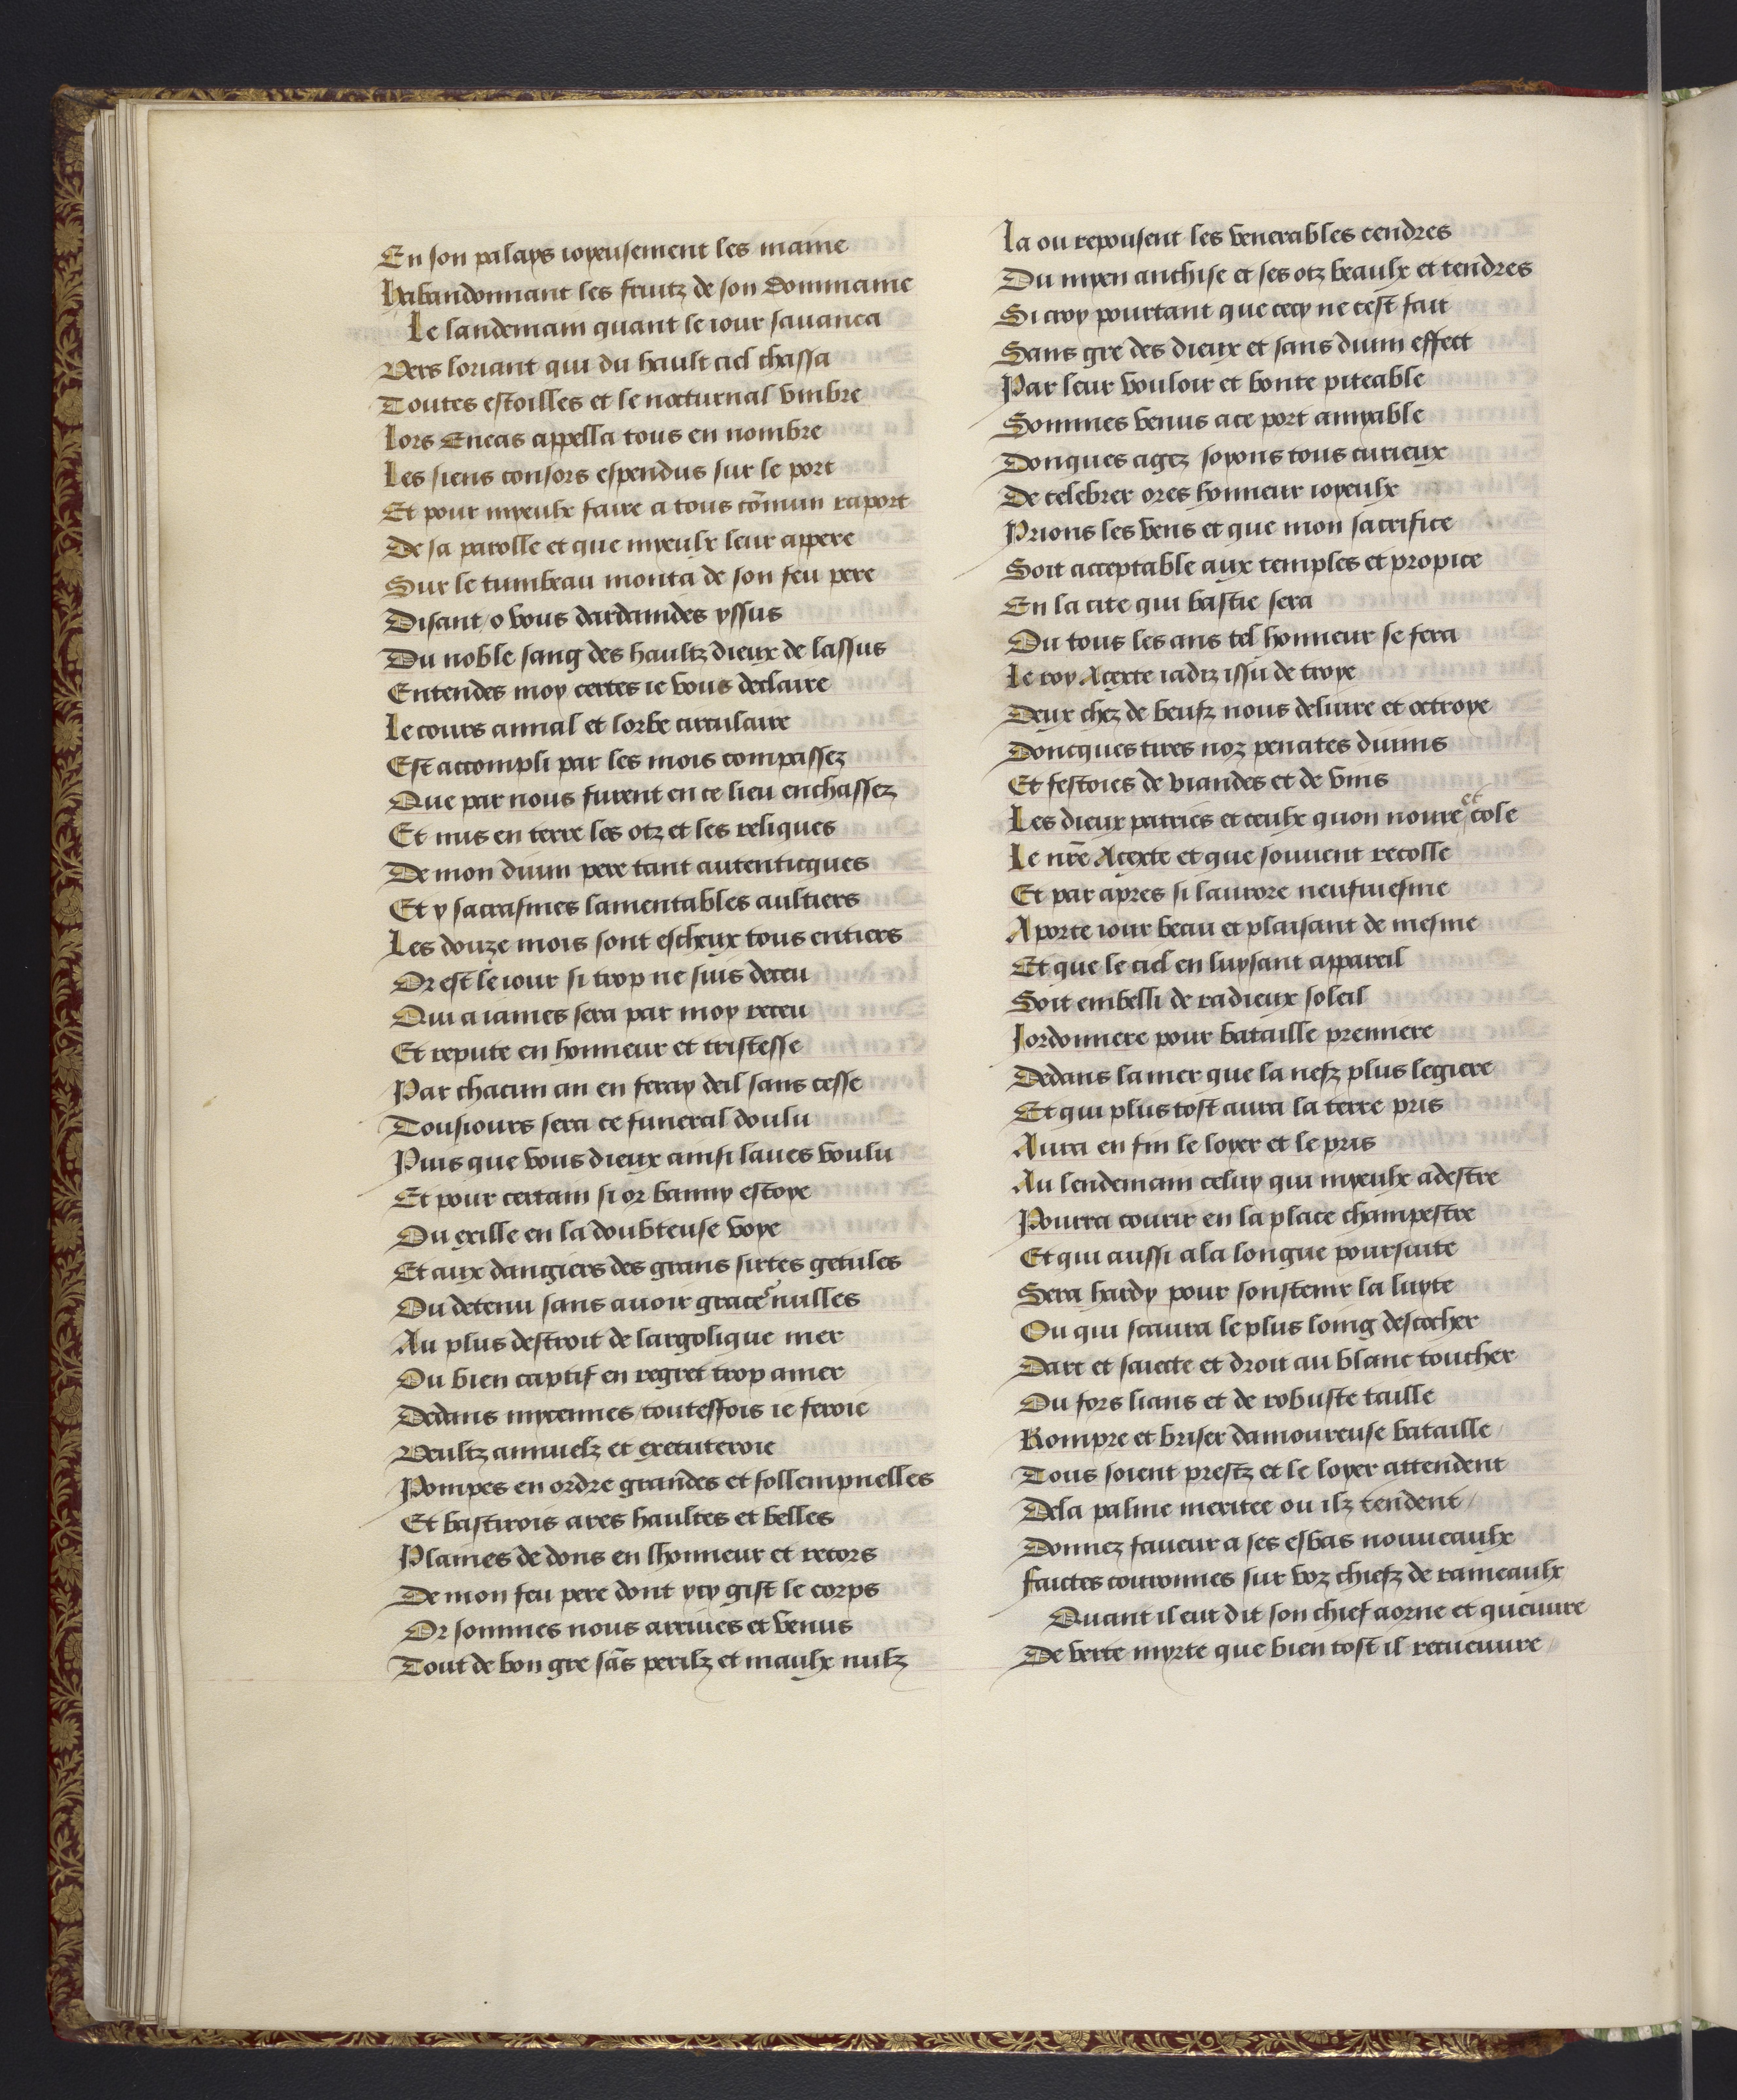
Shelfmark: Philadelphia, University of Pennsylvania, codex 909
Century: 15